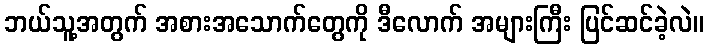
ဘယ်သူ့အတွက် အစားအသောက်တွေကို ဒီလောက် အများကြီး ပြင်ဆင်ခဲ့လဲ။